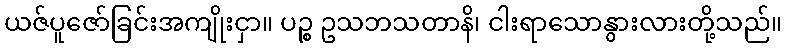
ယဇ်ပူဇော်ခြင်းအကျိုးငှာ။ ပဉ္စ ဥသဘသတာနိ၊ ငါးရာသောနွားလားတို့သည်။